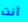
أنت